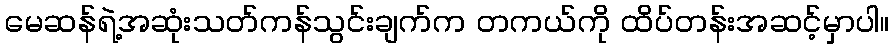
မေဆန်ရဲ့အဆုံးသတ်ကန်သွင်းချက်က တကယ်ကို ထိပ်တန်းအဆင့်မှာပါ။